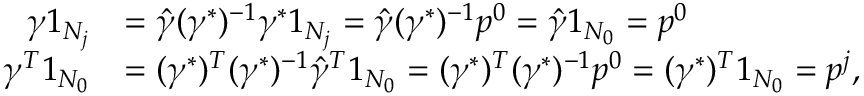
\begin{array} { r l } { \gamma 1 _ { N _ { j } } } & { = \hat { \gamma } ( \gamma ^ { * } ) ^ { - 1 } \gamma ^ { * } 1 _ { N _ { j } } = \hat { \gamma } ( \gamma ^ { * } ) ^ { - 1 } p ^ { 0 } = \hat { \gamma } 1 _ { N _ { 0 } } = p ^ { 0 } } \\ { \gamma ^ { T } 1 _ { N _ { 0 } } } & { = ( \gamma ^ { * } ) ^ { T } ( \gamma ^ { * } ) ^ { - 1 } \hat { \gamma } ^ { T } 1 _ { N _ { 0 } } = ( \gamma ^ { * } ) ^ { T } ( \gamma ^ { * } ) ^ { - 1 } p ^ { 0 } = ( \gamma ^ { * } ) ^ { T } 1 _ { N _ { 0 } } = p ^ { j } , } \end{array}